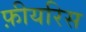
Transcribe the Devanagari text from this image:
फ़ीयरिस